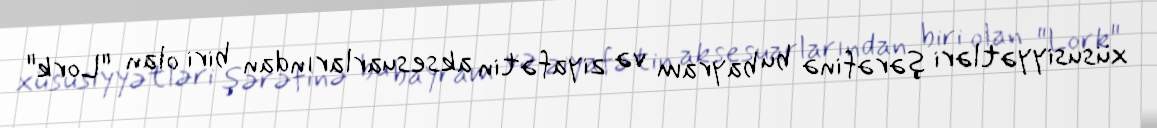
xüsusiyyətləri şərəfinə bu bayram və ziyafətin aksesuarlarından biri olan "Lork"